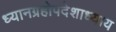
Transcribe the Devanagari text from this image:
ध्यानग्रहोपदेशाध्याय